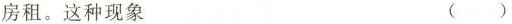
房租。这种现象 ()